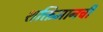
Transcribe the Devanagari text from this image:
शक्तिमानची